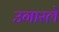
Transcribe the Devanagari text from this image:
उगारले